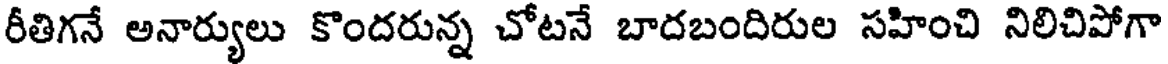
రీతిగనే అనార్యులు కొందరున్న చోటనే బాదబందిరుల సహించి నిలిచిపోగా